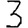
Digit: 3